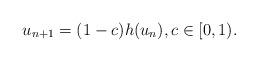
LaTeX: \begin{align*} u_{n+1}=(1-c) h(u_n), c \in [0,1).\end{align*}